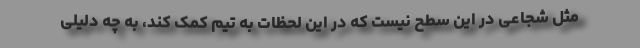
مثل شجاعی در این سطح نیست که در این لحظات به تیم کمک کند، به چه دلیلی